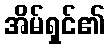
အိမ်ရှင်၏